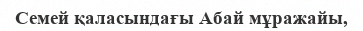
Семей қаласындағы Абай мұражайы,